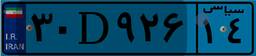
۳۴D۶۲۱۵۵